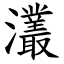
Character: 灇